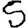
Digit: 5